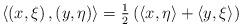
LaTeX: \begin{align*}\left\langle \left( x,\xi \right) ,\left( y,\eta \right) \right\rangle =\tfrac{1}{2}\left( \left\langle x,\eta \right\rangle +\left\langle y,\xi\right\rangle \right) \end{align*}